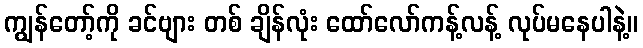
ကျွန်တော့်ကို ခင်ဗျား တစ် ချိန်လုံး ထော်လော်ကန့်လန့် လုပ်မနေပါနဲ့။